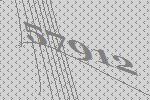
57912